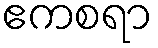
ဧကစရာ